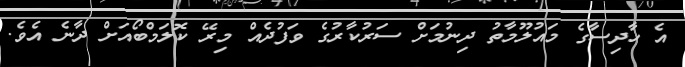
އެ ހާދިސާގެ މައުލޫމާތު ދިނުމަށް ސަރުކާރުގެ ވަފުދެއް މިރޭ ކޮލަމްބޯއަށް ދާނެ އެވެ.